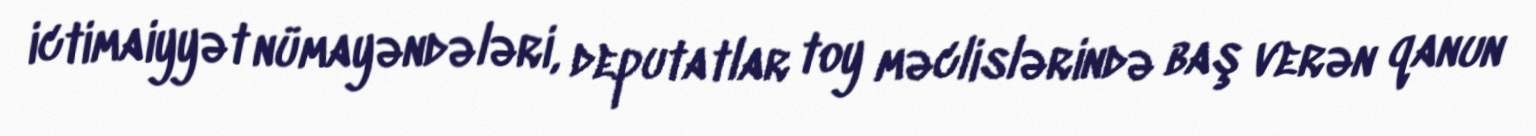
ictimaiyyət nümayəndələri, deputatlar toy məclislərində baş verən qanun